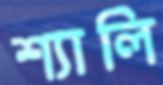
শ্যালি